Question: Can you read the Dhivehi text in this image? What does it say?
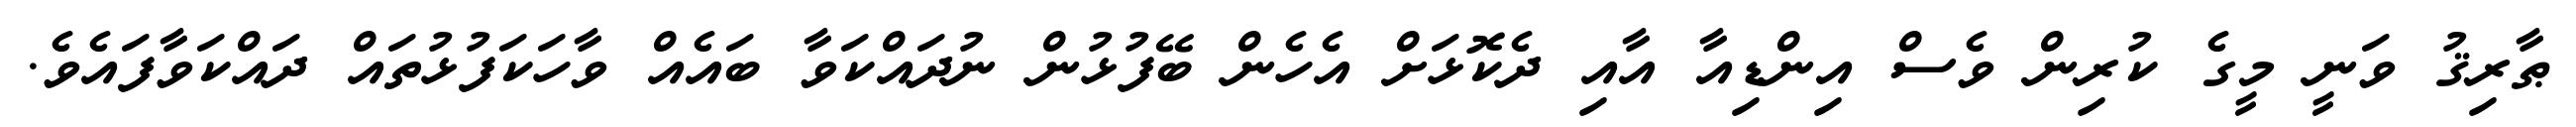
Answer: ޠާރިޤު ވަނީ މީގެ ކުރިން ވެސް އިންޑިއާ އާއި ދެކޮޅަށް އެހެން ބޭފުޅުން ނުދައްކަވާ ބައެއް ވާހަކަފުޅުތައް ދައްކަވާފައެވެ.